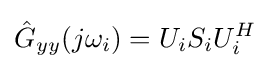
{\hat {G}}_{yy}(j\omega _{i})=U_{i}S_{i}U_{i}^{H}